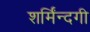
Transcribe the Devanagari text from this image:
शर्मिंन्दगी